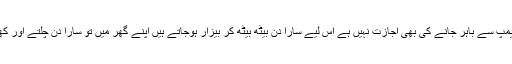
یہاں پر کیمپ سے باہر جانے کی بھی اجازت نہیں ہے اس لیے سارا دن بیٹھ بیٹھ کر بیزار ہوجاتے ہیں اپنے گھر میں تو سارا دن چلتے اور کھیلتے ہیں۔